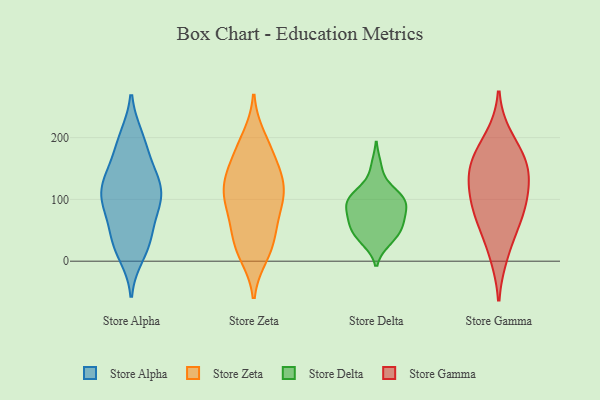
{"axis": {"x": "Website Visitors", "y": "Value"}, "legend": ["Store Alpha", "Store Delta", "Store Gamma", "Store Zeta"], "data": [{"x": "", "y": 85, "type": "Store Alpha"}, {"x": "", "y": 199, "type": "Store Alpha"}, {"x": "", "y": 131, "type": "Store Alpha"}, {"x": "", "y": 200, "type": "Store Alpha"}, {"x": "", "y": 131, "type": "Store Alpha"}, {"x": "", "y": 11, "type": "Store Alpha"}, {"x": "", "y": 32, "type": "Store Alpha"}, {"x": "", "y": 151, "type": "Store Alpha"}, {"x": "", "y": 187, "type": "Store Alpha"}, {"x": "", "y": 104, "type": "Store Alpha"}, {"x": "", "y": 113, "type": "Store Alpha"}, {"x": "", "y": 35, "type": "Store Alpha"}, {"x": "", "y": 76, "type": "Store Alpha"}, {"x": "", "y": 97, "type": "Store Alpha"}, {"x": "", "y": 150, "type": "Store Alpha"}, {"x": "", "y": 45, "type": "Store Alpha"}, {"x": "", "y": 108, "type": "Store Alpha"}, {"x": "", "y": 22, "type": "Store Alpha"}, {"x": "", "y": 105, "type": "Store Alpha"}, {"x": "", "y": 137, "type": "Store Zeta"}, {"x": "", "y": 176, "type": "Store Zeta"}, {"x": "", "y": 185, "type": "Store Zeta"}, {"x": "", "y": 139, "type": "Store Zeta"}, {"x": "", "y": 148, "type": "Store Zeta"}, {"x": "", "y": 58, "type": "Store Zeta"}, {"x": "", "y": 118, "type": "Store Zeta"}, {"x": "", "y": 11, "type": "Store Zeta"}, {"x": "", "y": 105, "type": "Store Zeta"}, {"x": "", "y": 108, "type": "Store Zeta"}, {"x": "", "y": 38, "type": "Store Zeta"}, {"x": "", "y": 199, "type": "Store Zeta"}, {"x": "", "y": 77, "type": "Store Zeta"}, {"x": "", "y": 112, "type": "Store Zeta"}, {"x": "", "y": 26, "type": "Store Zeta"}, {"x": "", "y": 18, "type": "Store Zeta"}, {"x": "", "y": 87, "type": "Store Zeta"}, {"x": "", "y": 112, "type": "Store Delta"}, {"x": "", "y": 55, "type": "Store Delta"}, {"x": "", "y": 96, "type": "Store Delta"}, {"x": "", "y": 32, "type": "Store Delta"}, {"x": "", "y": 90, "type": "Store Delta"}, {"x": "", "y": 95, "type": "Store Delta"}, {"x": "", "y": 100, "type": "Store Delta"}, {"x": "", "y": 46, "type": "Store Delta"}, {"x": "", "y": 68, "type": "Store Delta"}, {"x": "", "y": 59, "type": "Store Delta"}, {"x": "", "y": 33, "type": "Store Delta"}, {"x": "", "y": 87, "type": "Store Delta"}, {"x": "", "y": 154, "type": "Store Delta"}, {"x": "", "y": 116, "type": "Store Delta"}, {"x": "", "y": 66, "type": "Store Delta"}, {"x": "", "y": 162, "type": "Store Gamma"}, {"x": "", "y": 102, "type": "Store Gamma"}, {"x": "", "y": 159, "type": "Store Gamma"}, {"x": "", "y": 199, "type": "Store Gamma"}, {"x": "", "y": 72, "type": "Store Gamma"}, {"x": "", "y": 60, "type": "Store Gamma"}, {"x": "", "y": 99, "type": "Store Gamma"}, {"x": "", "y": 130, "type": "Store Gamma"}, {"x": "", "y": 12, "type": "Store Gamma"}, {"x": "", "y": 152, "type": "Store Gamma"}]}